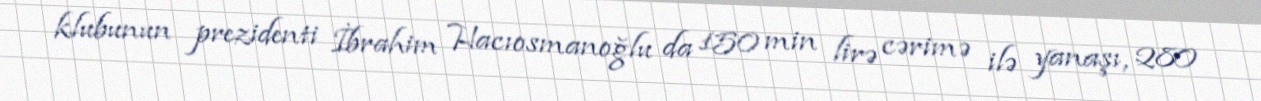
klubunun prezidenti İbrahim Hacıosmanoğlu da 150 min lirə cərimə ilə yanaşı, 280